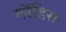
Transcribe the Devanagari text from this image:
ग्लॅडिस